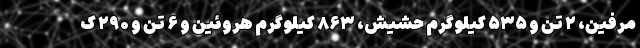
مرفین، ۲ تن و ۵۳۵ کیلوگرم حشیش، ۸۶۳ کیلوگرم هروئین و ۶ تن و ۲۹۰ ک